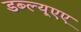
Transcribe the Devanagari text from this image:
डब्ल्यूएए